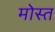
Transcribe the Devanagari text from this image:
मोस्त